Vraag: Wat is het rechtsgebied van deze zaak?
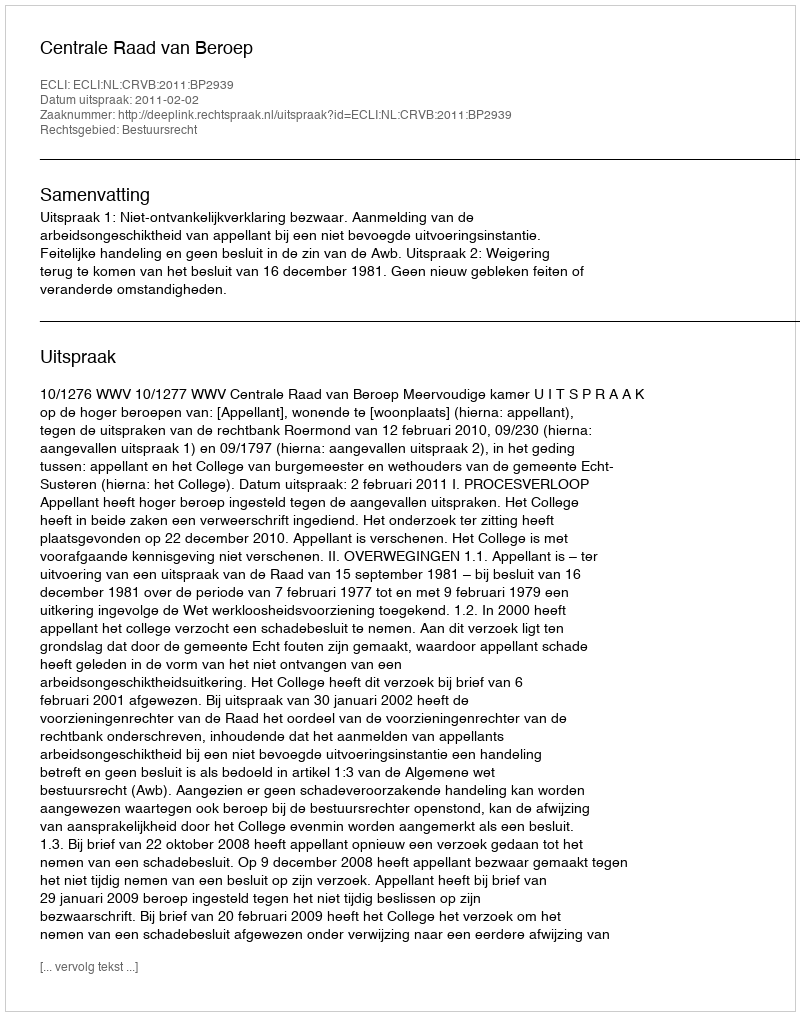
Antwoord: Bestuursrecht